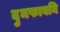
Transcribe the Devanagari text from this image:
दुमफावनि